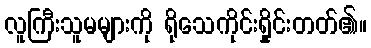
လူကြီးသူမများကို ရိုသေကိုင်းရှိုင်းတတ်၏။